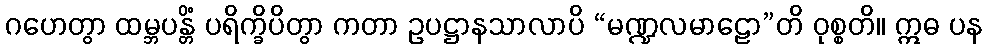
ဂဟေတွာ ထမ္ဘပန္တိံ ပရိက္ခိပိတွာ ကတာ ဥပဋ္ဌာနသာလာပိ “မဏ္ဍလမာဠော”တိ ဝုစ္စတိ။ ဣဓ ပန